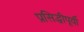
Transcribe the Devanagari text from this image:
प्रसिद्धीपूर्वी